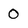
Character: o